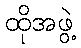
ထိုအဖွဲ့